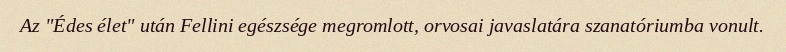
Az "Édes élet" után Fellini egészsége megromlott, orvosai javaslatára szanatóriumba vonult.